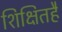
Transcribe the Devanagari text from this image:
शिक्षितहै